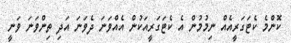
ކޮންމެ ކެޓަގަރީއެއް ނިމުމުން އެ ކެޓަގަރީއަކުން އެއްވަނަ ދެވަނަ އަދި ތިންވަނަ ވަނީ